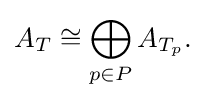
A_{T}\cong \bigoplus _{p\in P}A_{T_{p}}.\;